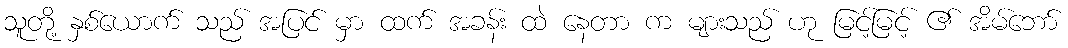
သူတို့ နှစ်ယောက် သည် အပြင် မှာ ထက် အခန်း ထဲ နေတာ က များသည် ဟု မြင့်မြင့် ၏ အိမ်ဘော်